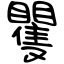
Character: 矍